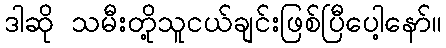
ဒါဆို သမီးတို့သူငယ်ချင်းဖြစ်ပြီပေါ့နော်။